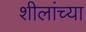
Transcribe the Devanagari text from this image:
शीलांच्या